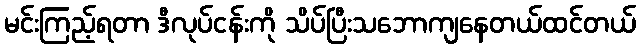
မင်းကြည့်ရတာ ဒီလုပ်ငန်းကို သိပ်ပြီးသဘောကျနေတယ်ထင်တယ်